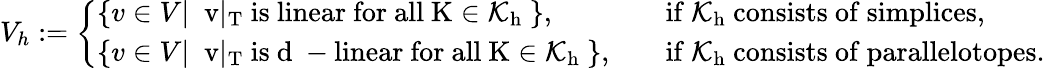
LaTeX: V_{h}:=\left\{ \begin{array}{ll}{\{ v\in V|\; \mathrm{~v|_T~is~linear~for~all~K\in\mathcal{K}_h~}\} ,}&{\quad\mathrm{if~\mathcal{K}_h~consists~of~simplices},}\\ {\{ v\in V|\; \mathrm{~v|_T~is~d~-linear~for~all~K\in\mathcal{K}_h~}\} ,}&{\quad\mathrm{if~\mathcal{K}_h~consists~of~parallelotopes}.}\end{array}\right.